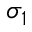
\sigma _ { 1 }